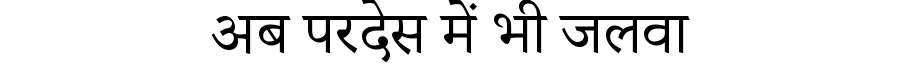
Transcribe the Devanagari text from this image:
अब परदेस में भी जलवा